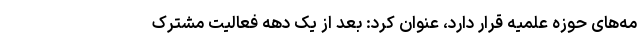
مه‌های حوزه علمیه قرار دارد، عنوان کرد: بعد از یک دهه فعالیت مشترک